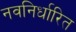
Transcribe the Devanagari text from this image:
नवनिर्धारित